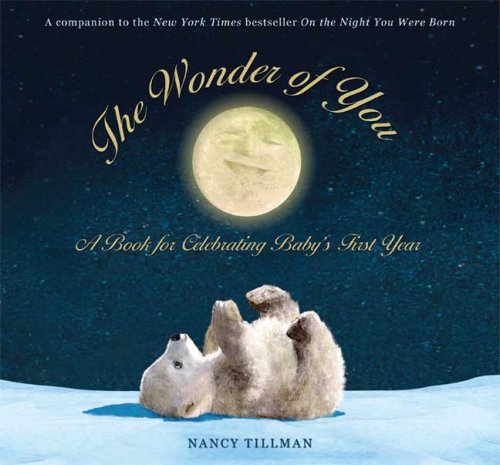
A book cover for The Wonder of You: A Book for Celebrating Baby's First Year; Nancy Tillman; Parenting & Relationships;